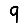
Digit: 9